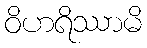
ဝိဟရိဿာမိ